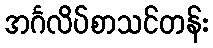
အင်္ဂလိပ်စာသင်တန်း